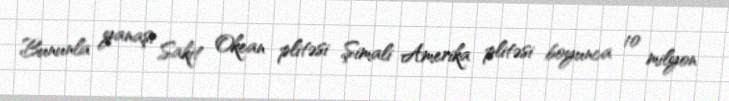
Bununla yanaşı Sakit Okean plitəsi Şimali Amerika plitəsi boyunca 10 milyon